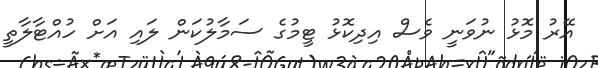
އޭރު މޮޅު ނުވަނީ ވެސް އިދިކޮޅު ޓީމުގެ ސަމާލުކަން ލައި އަށް ހުއްޓާލާތީ